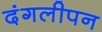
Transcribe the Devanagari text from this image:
दंगलीपन